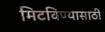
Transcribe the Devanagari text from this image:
मिटविण्यासाठी